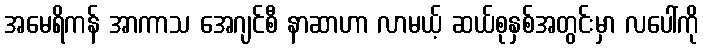
အမေရိကန် အာကာသ အေဂျင်စီ နာဆာဟာ လာမယ့် ဆယ်စုနှစ်အတွင်းမှာ လပေါ်ကို